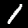
Digit: 1